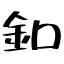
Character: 釦